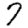
Digit: 7